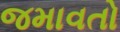
જમાવતો